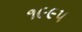
૧૯૯૫